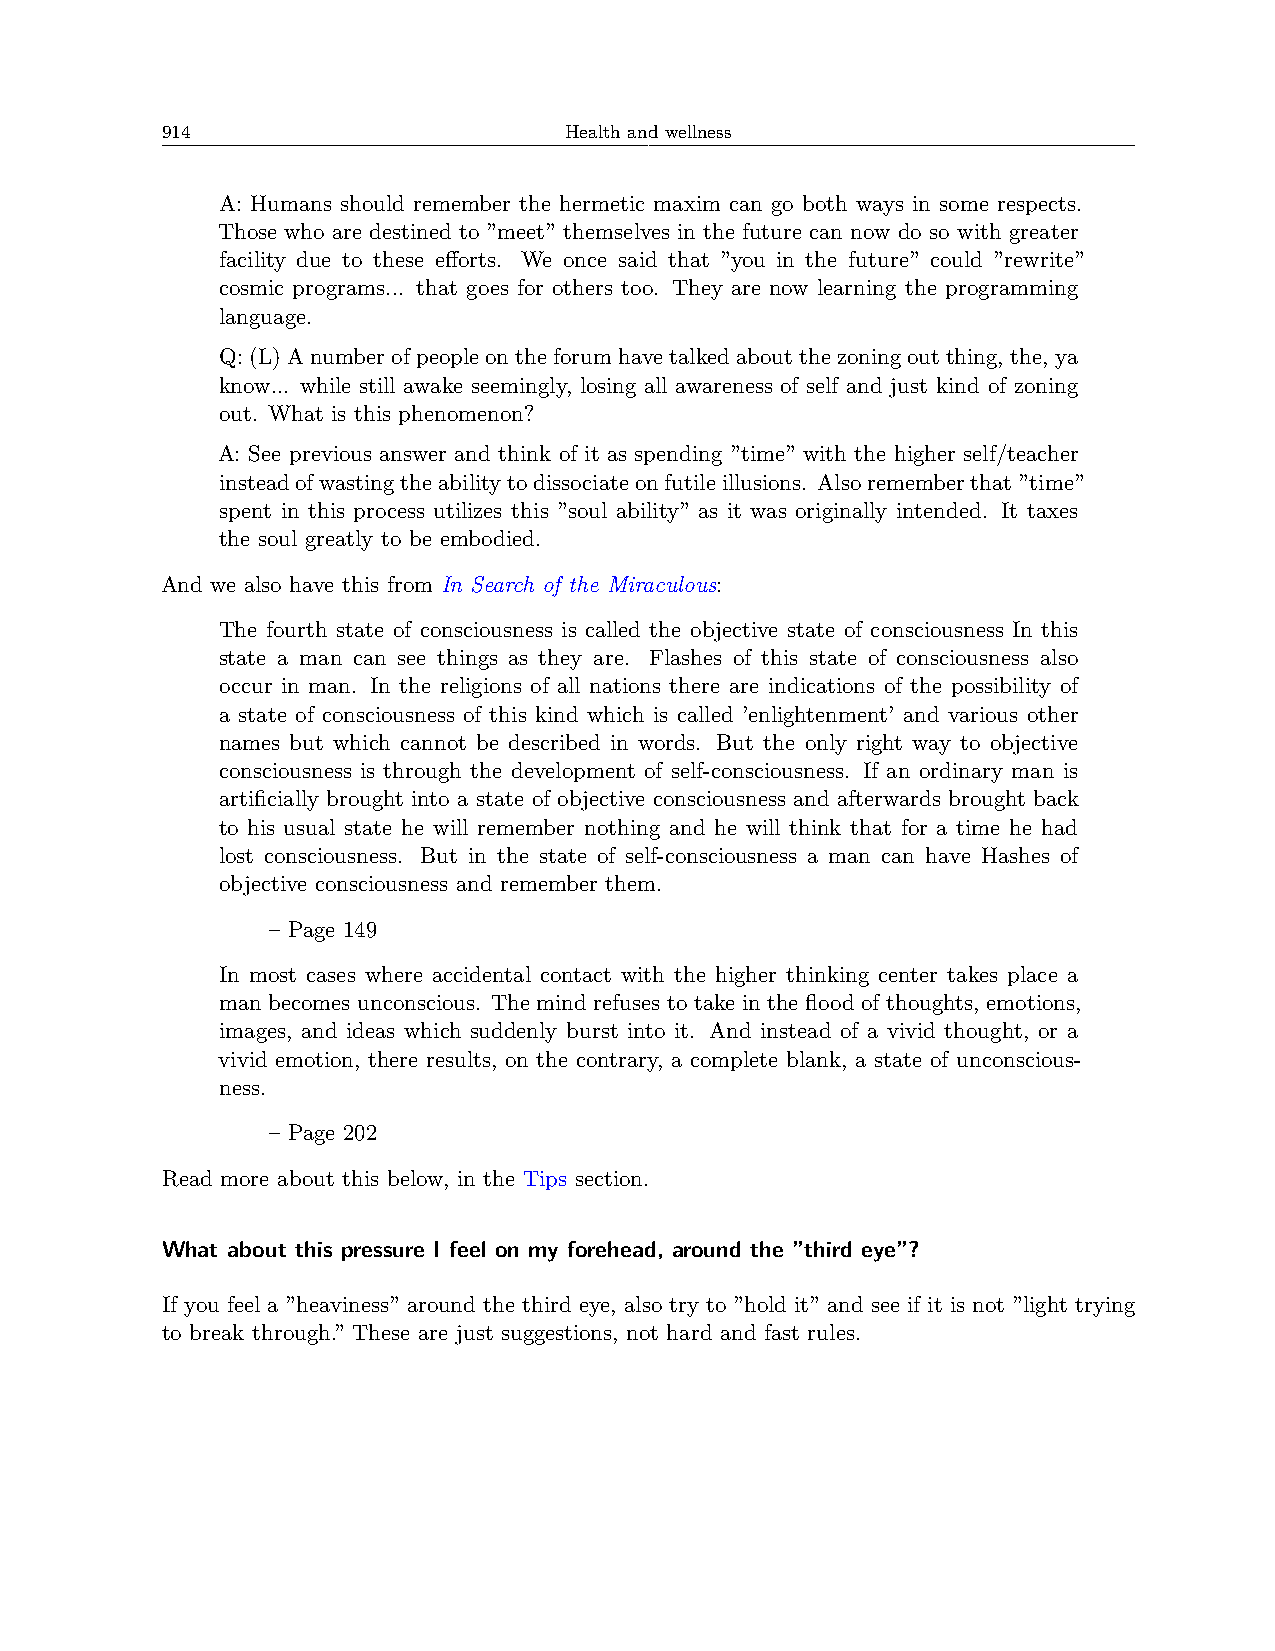
914                       Health and wellness
 A: Humans should remember the hermetic maxim can go both ways in some respects.
 Those who are destined to ”meet” themselves in the future can now do so with greater
 facility due to these efforts. We once said that ”you in the future” could ”rewrite”
 cosmic programs... that goes for others too. They are now learning the programming
 language.
 Q:(L)Anumberofpeopleontheforumhavetalkedaboutthezoningoutthing, the, ya
 know... while still awake seemingly, losing all awareness of self and just kind of zoning
 out. What is this phenomenon?
 A: See previous answer and think of it as spending ”time” with the higher self/teacher
 insteadofwastingtheabilitytodissociateonfutileillusions. Alsorememberthat”time”
 spent in this process utilizes this ”soul ability” as it was originally intended. It taxes
 the soul greatly to be embodied.
 And we also have this from In Search of the Miraculous:
 The fourth state of consciousness is called the objective state of consciousness In this
 state a man can see things as they are. Flashes of this state of consciousness also
 occur in man. In the religions of all nations there are indications of the possibility of
 a state of consciousness of this kind which is called ’enlightenment’ and various other
 names but which cannot be described in words. But the only right way to objective
 consciousness is through the development of self-consciousness. If an ordinary man is
 artificially brought into a state of objective consciousness and afterwards brought back
 to his usual state he will remember nothing and he will think that for a time he had
 lost consciousness. But in the state of self-consciousness a man can have Hashes of
 objective consciousness and remember them.
 – Page 149
 In most cases where accidental contact with the higher thinking center takes place a
 man becomes unconscious. The mind refuses to take in the flood of thoughts, emotions,
 images, and ideas which suddenly burst into it. And instead of a vivid thought, or a
 vivid emotion, there results, on the contrary, a complete blank, a state of unconscious-
 ness.
 – Page 202
 Read more about this below, in the Tips section.
 What about this pressure I feel on my forehead, around the ”third eye”?
 If you feel a ”heaviness” around the third eye, also try to ”hold it” and see if it is not ”light trying
 to break through.” These are just suggestions, not hard and fast rules.